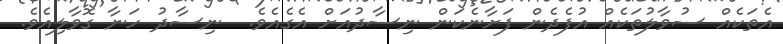
އެތަކެއް ސުވާލުތަކެއް އުފެދެން ފަށާނެކަން ނިސާދުއަށް އެގެއެވެ.  ނިސާދު ހަނާ ގޮވާލިއެވެ.